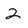
Character: 2